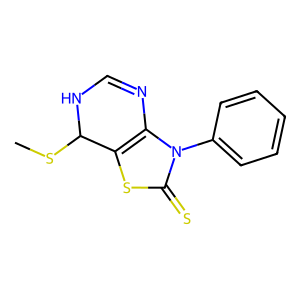
SMILES: CSC1NC=Nc2c1sc(=S)n2-c1ccccc1
Inhibits HIV replication: No